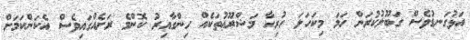
އަޅުގަނޑުވެސް ގަބޫލުކުރަން ހަމަ މިކަހަލަ ހުރިހާ މަޝްރޫޢުތަކެއް ހިންގާއިރު ކޮންމެ ރަށެއްގައިވެސް އެކަންކަމަށް